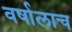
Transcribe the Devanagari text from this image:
वर्षालाच